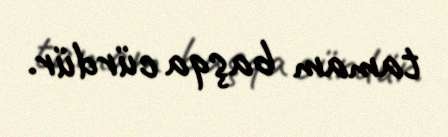
tamam başqa cürdür.